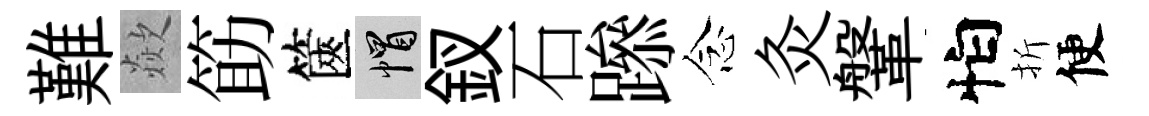
難歘筯篋帽釵石𨅶念灸鞶怕折便